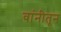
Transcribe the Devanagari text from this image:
वांनीतून